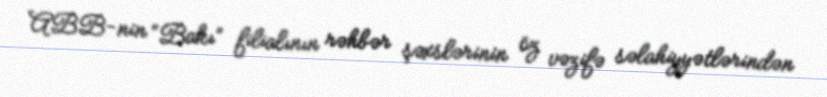
ABB-nin “Bakı” filialının rəhbər şəxslərinin öz vəzifə səlahiyyətlərindən